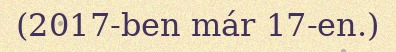
(2017-ben már 17-en.)